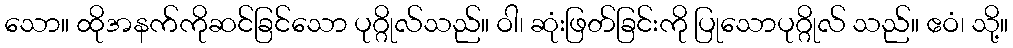
သော။ ထိုအနက်ကိုဆင်ခြင်သော ပုဂ္ဂိုလ်သည်။ ဝါ၊ ဆုံးဖြတ်ခြင်းကို ပြုသောပုဂ္ဂိုလ် သည်။ ဧဝံ၊ သို့။